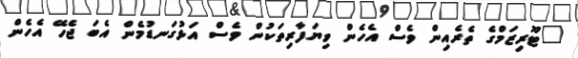
"ޓޫރިޒަމްގެ ތެރެއިން ވެސް އެހެން ވިޔަފާރިތަކުން ވެސް އަޅުގަނޑުމެން އެބަ ޖެހޭ އެހެން